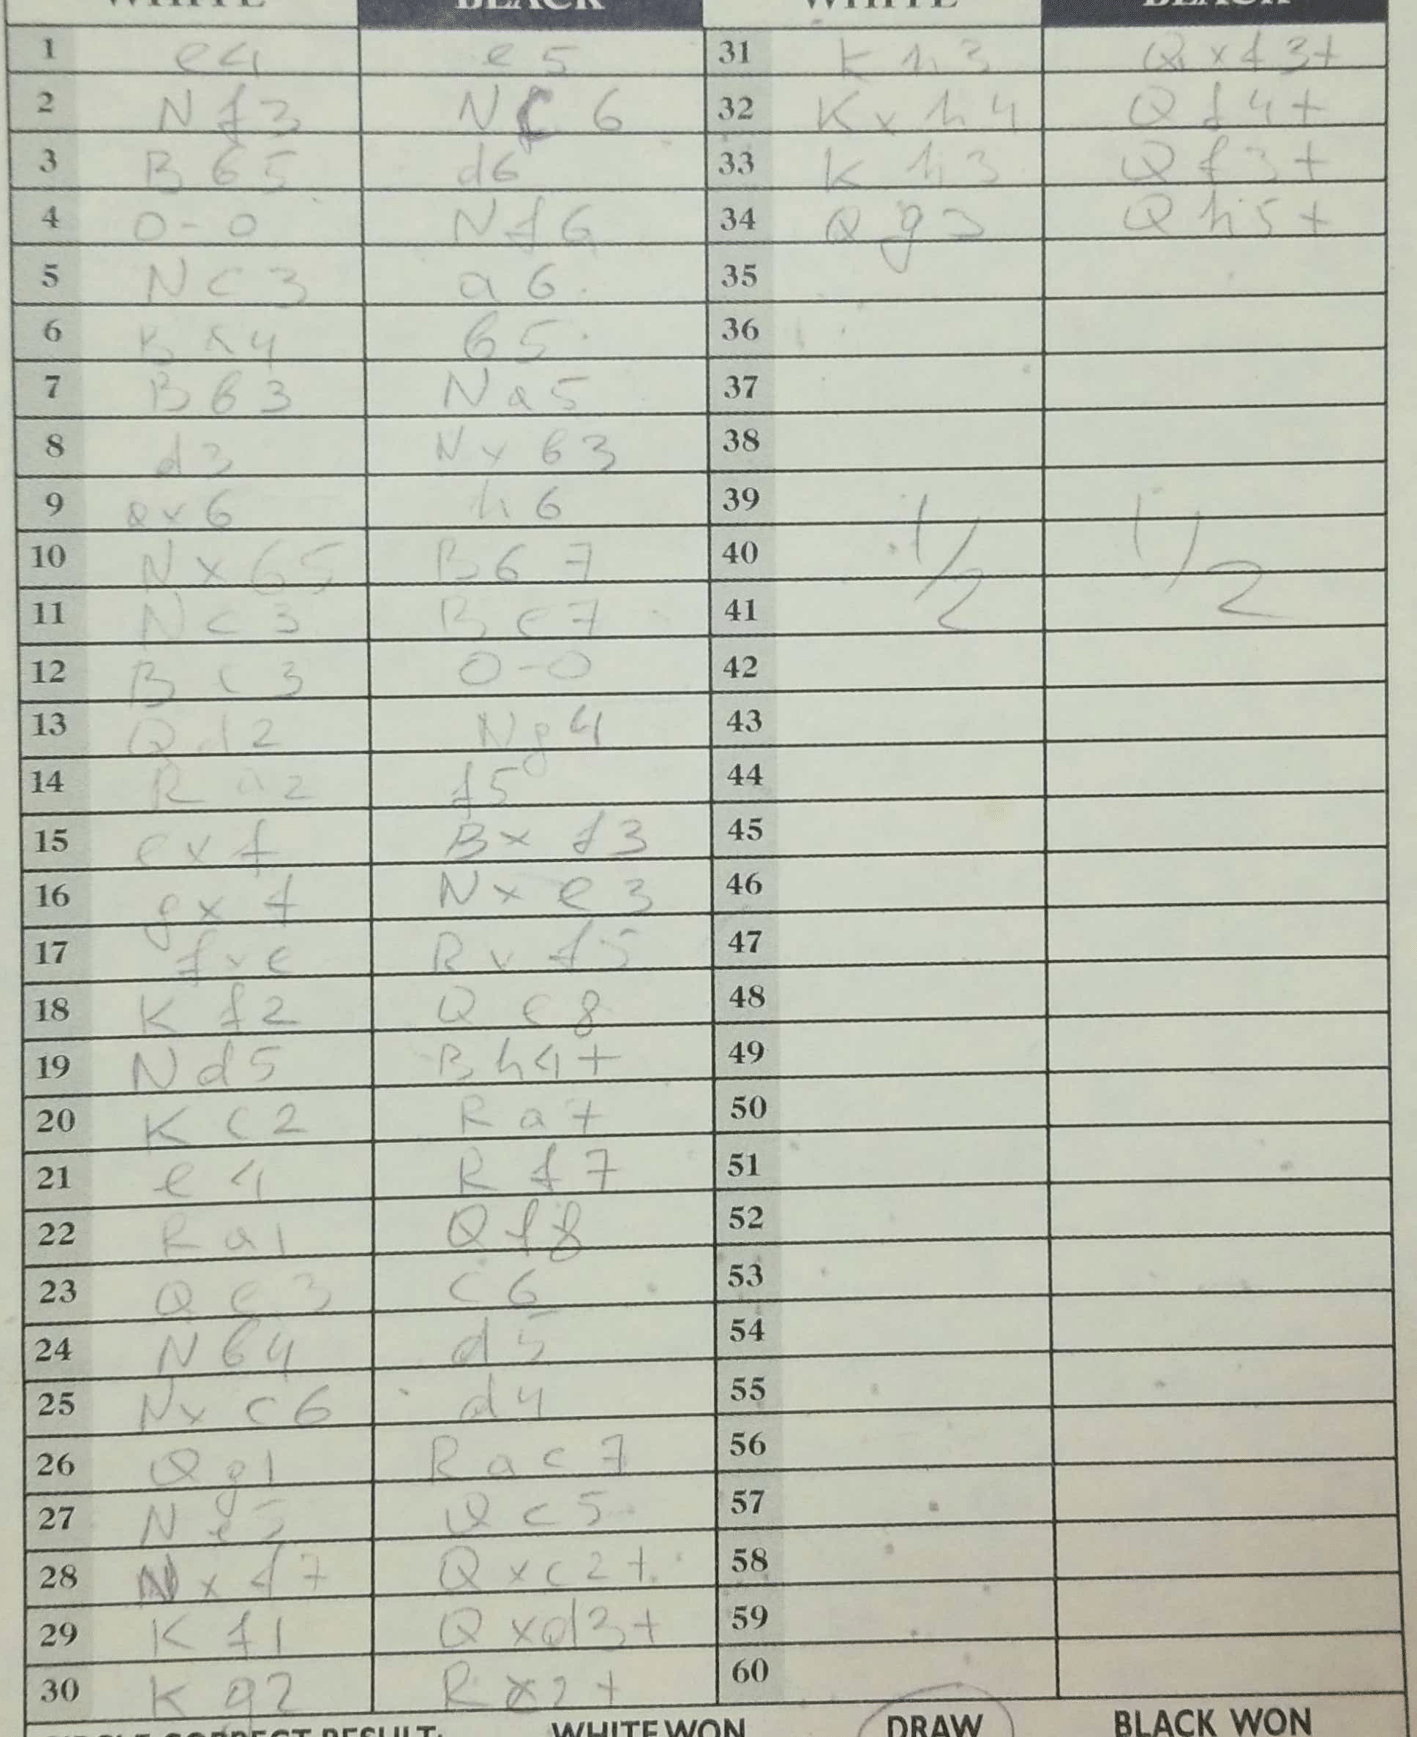
Moves: e4 e5 Nf3 Nc6 Bb5 d6 O-O Nf6 Nc3 a6 Ba4 b5 Bb3 Na5 d3 Nxb3 Qx6 h6 Nxb5 Bb7 Nc3 Be7 Bc3 O-O Qd2 Ng4 Ra2 f5 exf Bxf3 gxf Nxe3 fxe Rxf5 Kf2 Qe8 Nd5 Bh4+ Kc2 Ra7 e4 Rf7 Ra1 Qf8 Qe3 c6 Nb4 d5 Nxc6 d4 Qg1 Rac7 Ne5 Qc5 Nxf7 Qxc2+ Kf1 Qxd3+ Kg2 Rc2+ Kh3 Qxf3+ Kxh4 Qd4+ Kh3 Qf3+ Qg3 Qh5+